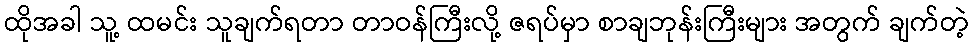
ထိုအခါ သူ့ ထမင်း သူချက်ရတာ တာဝန်ကြီးလို့ ဇရပ်မှာ စာချဘုန်းကြီးများ အတွက် ချက်တဲ့